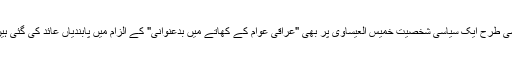
اسی طرح ایک سیاسی شخصیت خمیس العیساوی پر بھی "عراقی عوام کے کھاتے میں بدعنوانی" کے الزام میں پابندیاں عائد کی گئی ہیں۔